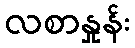
လစာနှုန်း